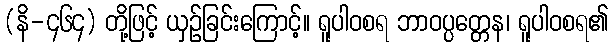
(နိ-၄၆၄) တို့ဖြင့် ယှဉ်ခြင်းကြောင့်။ ရူပါဝစရ ဘာဝပ္ပတ္တေန၊ ရူပါဝစရ၏